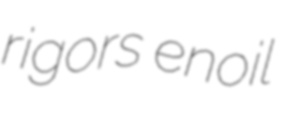
rigors enoil